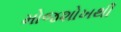
મોજશોખથી